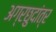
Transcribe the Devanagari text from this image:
अग्रछुदांत्र